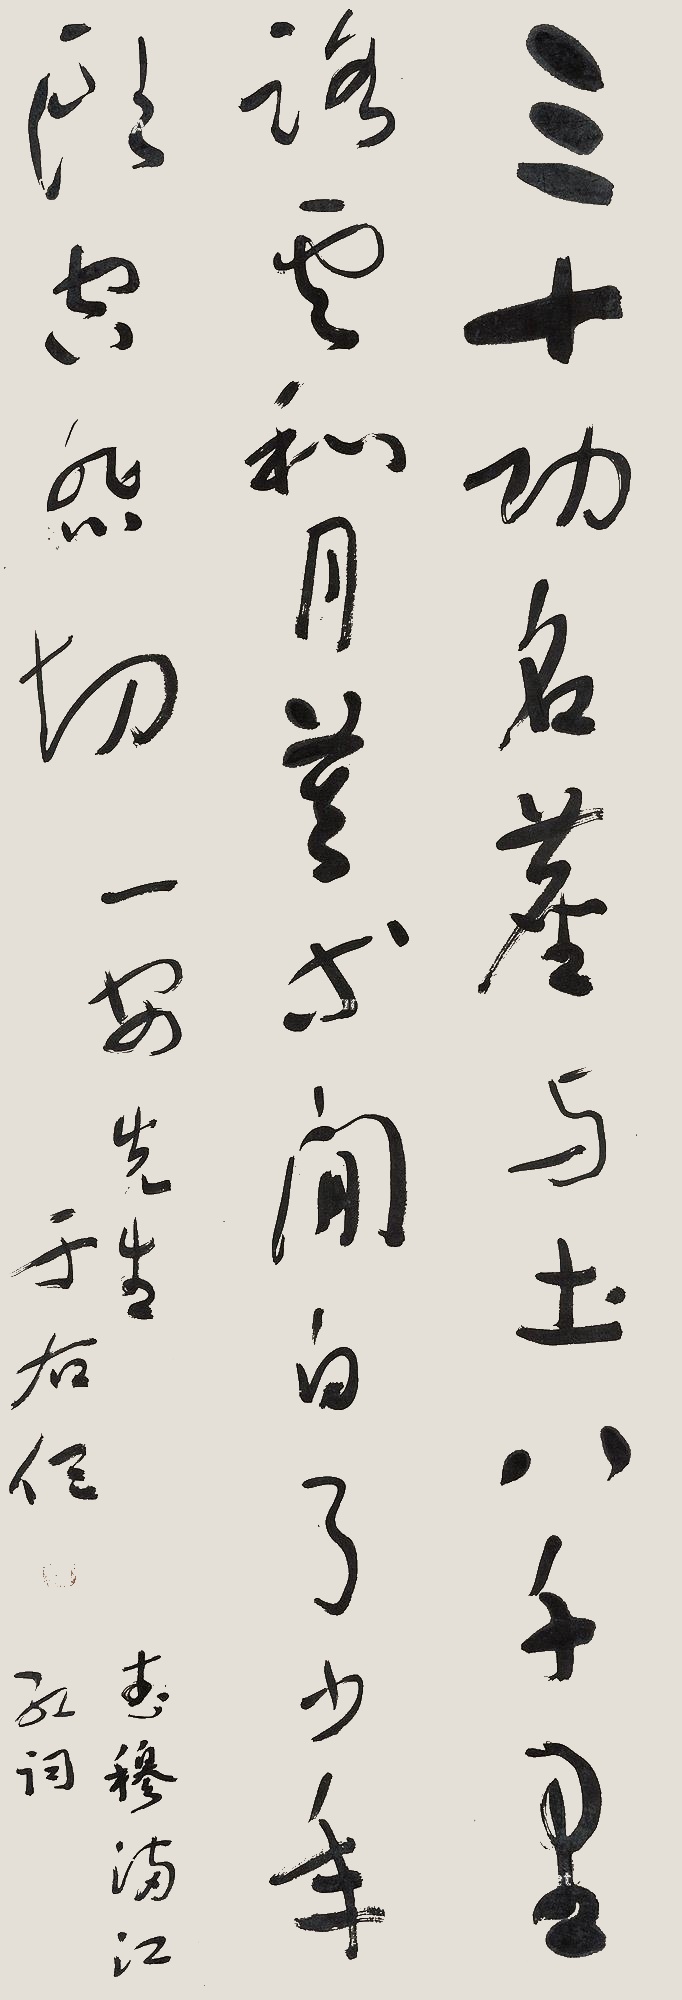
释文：三十功名尘与土，八千里路云和月。莫等闲、白了少年头，空悲切。一安先生。于右任。武穆满江红词。